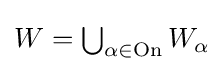
{\textstyle W=\bigcup _{\alpha \in \mathrm {On} }W_{\alpha }}